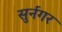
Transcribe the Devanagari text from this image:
सुर्नगर